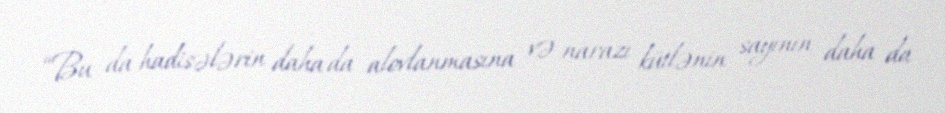
“Bu da hadisələrin daha da alovlanmasına və narazı kütlənin sayının daha da